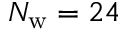
N _ { \mathrm { w } } = 2 4